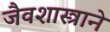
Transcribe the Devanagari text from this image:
जैवशास्त्राने